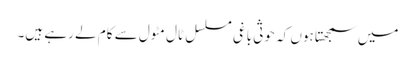
میں سمجھتا ہوں کہ حوثی باغی مسلسل ٹال مٹول سے کام لے رہے ہیں۔